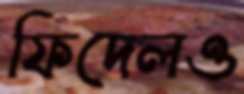
ফিদেলও